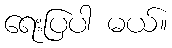
ရေးပြပါ မယ်။